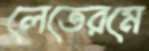
লেতেরমে